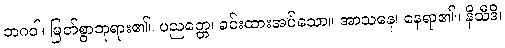
ဘဂဝါ၊ မြတ်စွာဘုရား၏။ ပညတ္တေ၊ ခင်းထားအပ်သော။ အာသနေ၊ နေရာ၏။ နိသီဒိ၊